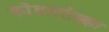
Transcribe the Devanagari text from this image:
काँडोलिझ्झा